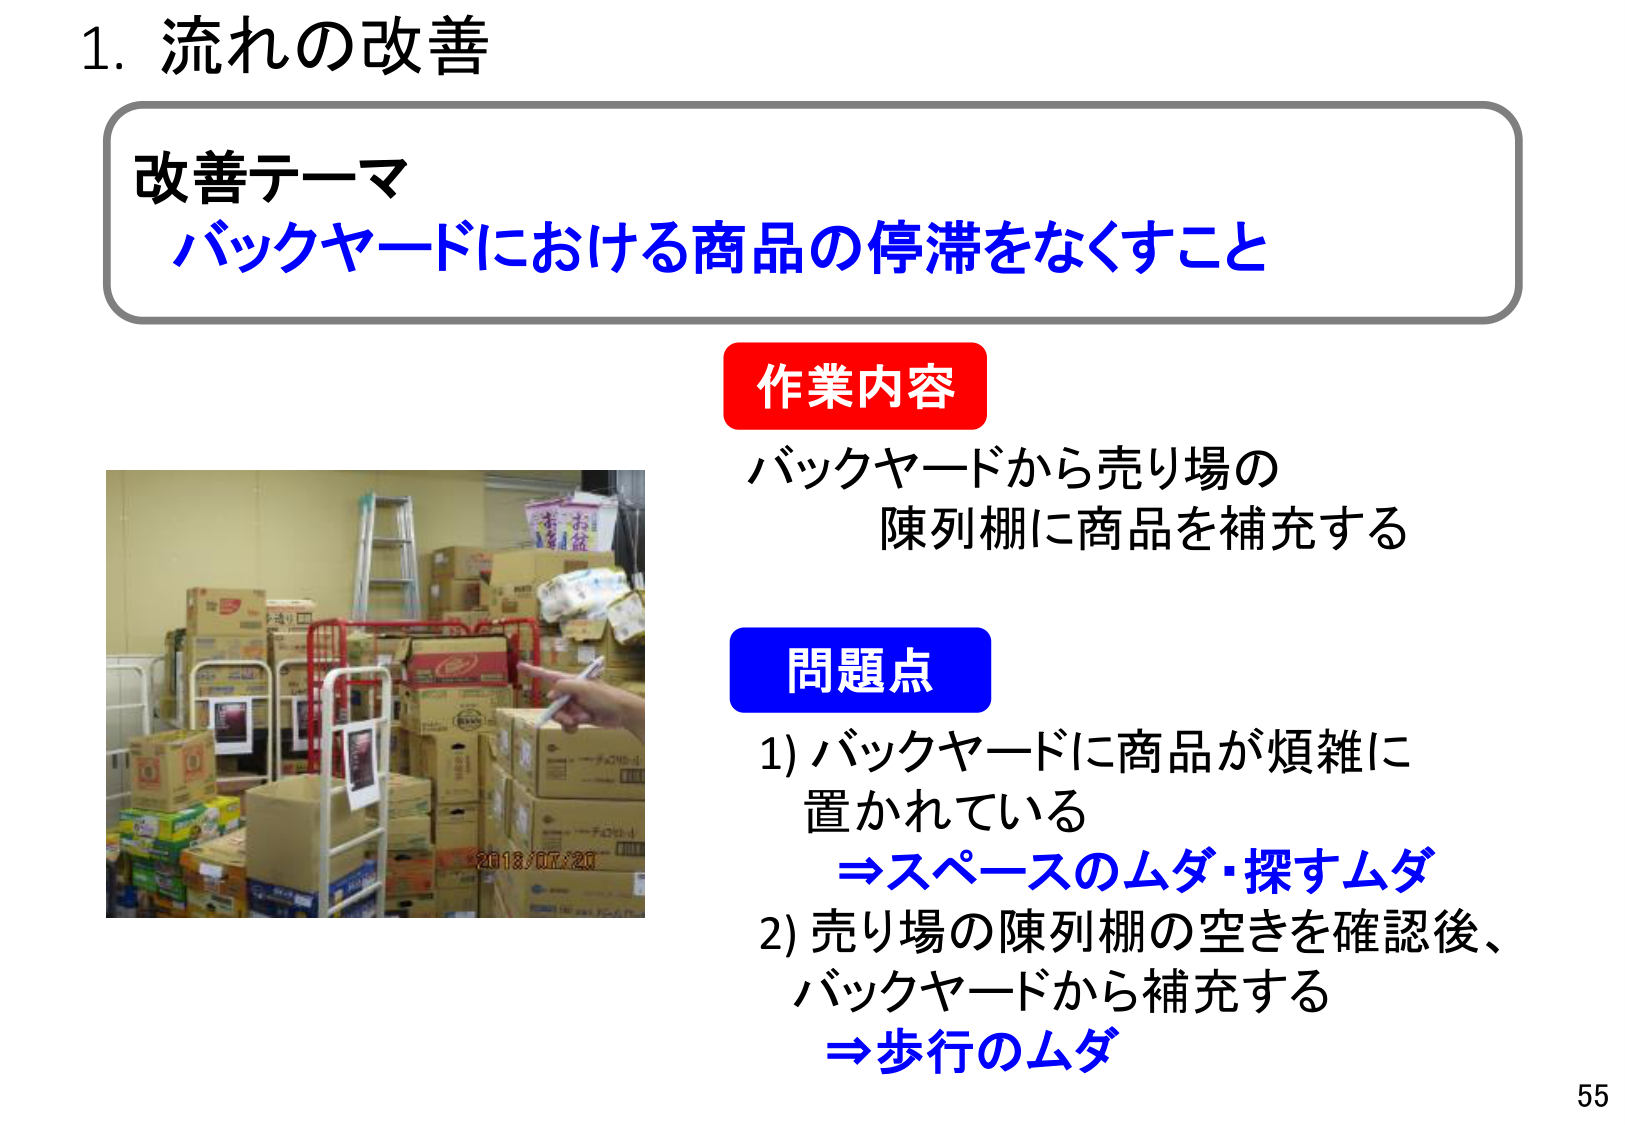
1. 流れの改善

改善テーマ
バックヤードにおける商品の停滞をなくすこと

作業内容
バックヤードから売り場の
陳列棚に商品を補充する

問題点
1) バックヤードに商品が煩雑に
置かれている
⇒スペースのムダ・探すムダ
2) 売り場の陳列棚の空きを確認後、
バックヤードから補充する
⇒歩行のムダ

55